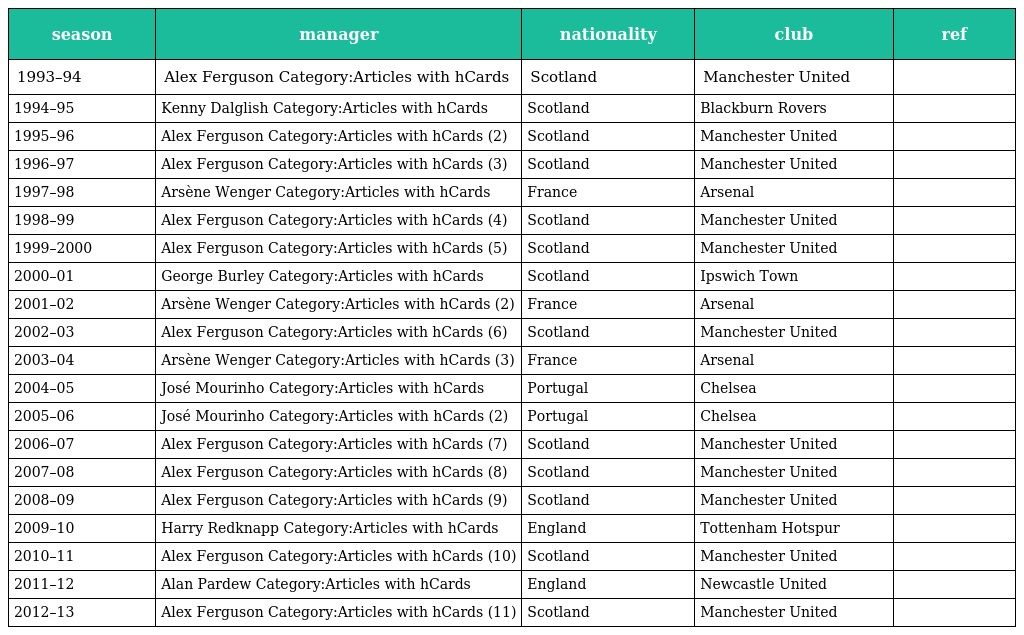
| season | manager | nationality | club | ref |
 | --- | --- | --- | --- | --- |
 | 1993–94 | Alex Ferguson Category:Articles with hCards | Scotland | Manchester United |  |
 | 1994–95 | Kenny Dalglish Category:Articles with hCards | Scotland | Blackburn Rovers |  |
 | 1995–96 | Alex Ferguson Category:Articles with hCards (2) | Scotland | Manchester United |  |
 | 1996–97 | Alex Ferguson Category:Articles with hCards (3) | Scotland | Manchester United |  |
 | 1997–98 | Arsène Wenger Category:Articles with hCards | France | Arsenal |  |
 | 1998–99 | Alex Ferguson Category:Articles with hCards (4) | Scotland | Manchester United |  |
 | 1999–2000 | Alex Ferguson Category:Articles with hCards (5) | Scotland | Manchester United |  |
 | 2000–01 | George Burley Category:Articles with hCards | Scotland | Ipswich Town |  |
 | 2001–02 | Arsène Wenger Category:Articles with hCards (2) | France | Arsenal |  |
 | 2002–03 | Alex Ferguson Category:Articles with hCards (6) | Scotland | Manchester United |  |
 | 2003–04 | Arsène Wenger Category:Articles with hCards (3) | France | Arsenal |  |
 | 2004–05 | José Mourinho Category:Articles with hCards | Portugal | Chelsea |  |
 | 2005–06 | José Mourinho Category:Articles with hCards (2) | Portugal | Chelsea |  |
 | 2006–07 | Alex Ferguson Category:Articles with hCards (7) | Scotland | Manchester United |  |
 | 2007–08 | Alex Ferguson Category:Articles with hCards (8) | Scotland | Manchester United |  |
 | 2008–09 | Alex Ferguson Category:Articles with hCards (9) | Scotland | Manchester United |  |
 | 2009–10 | Harry Redknapp Category:Articles with hCards | England | Tottenham Hotspur |  |
 | 2010–11 | Alex Ferguson Category:Articles with hCards (10) | Scotland | Manchester United |  |
 | 2011–12 | Alan Pardew Category:Articles with hCards | England | Newcastle United |  |
 | 2012–13 | Alex Ferguson Category:Articles with hCards (11) | Scotland | Manchester United |  |